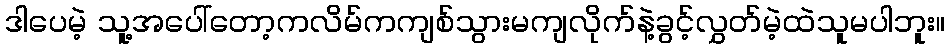
ဒါပေမဲ့ သူ့အပေါ်တော့ကလိမ်ကကျစ်သွားမကျလိုက်နဲ့ခွင့်လွှတ်မဲ့ထဲသူမပါဘူး။